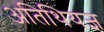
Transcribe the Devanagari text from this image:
अतिथियज्ञ